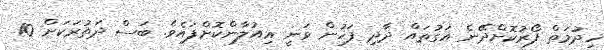
ޚިދުމަތް ފޯރުކޮށްދޭނެ އަގުތައް ދާދި ފަހުން ވަނީ އިއުލާންކޮށްފައެވެ. ބަސް ދަތުރަކަށް 10